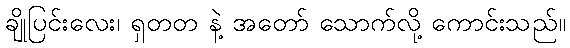
ချိုပြင်းလေး၊ ရှတတ နဲ့ အတော် သောက်လို့ ကောင်းသည်။